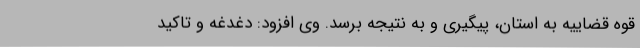
قوه قضاییه به استان، پیگیری و به نتیجه برسد. وی افزود: دغدغه و تاکید